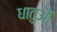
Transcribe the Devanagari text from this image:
धातुआें